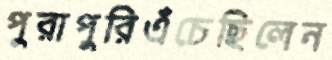
পুরাপুরিএঁচেছিলেন